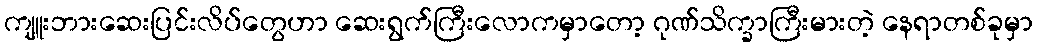
ကျူးဘားဆေးပြင်းလိပ်တွေဟာ ဆေးရွက်ကြီးလောကမှာတော့ ဂုဏ်သိက္ခာကြီးမားတဲ့ နေရာတစ်ခုမှာ